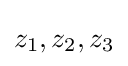
z_{1},z_{2},z_{3}